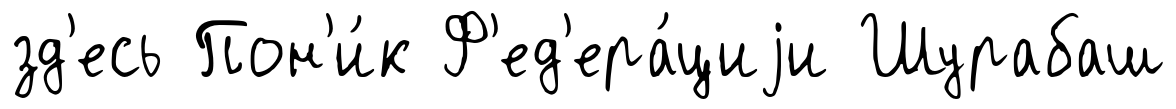
зд'есь Пон'и́к Ф'ед'ера́циjи Шурабаш